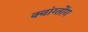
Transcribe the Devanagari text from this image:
क्वांग्तोंग